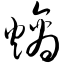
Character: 熵